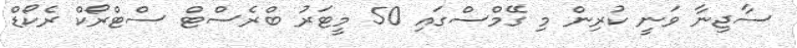
ސާޖިނާ ވަނީ ކުރިން މި ގޭމްސްގައި 50 މީޓަރު ބްރެސްޓް ސްޓްރޯކް ރެކޯޑް